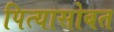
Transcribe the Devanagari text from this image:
पित्यासोबत